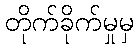
တိုက်ခိုက်မှုမှ